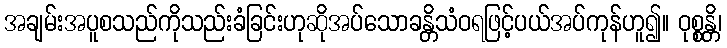
အချမ်းအပူစသည်ကိုသည်းခံခြင်းဟုဆိုအပ်သောခန္တိသံဝရဖြင့်ပယ်အပ်ကုန်ဟူ၍။ ဝုစ္စန္တိ၊